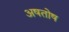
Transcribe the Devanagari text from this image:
अषतोष